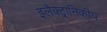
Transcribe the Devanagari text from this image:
इलैक्ट्रानिकीय